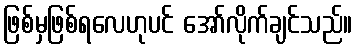
ဖြစ်မှဖြစ်ရလေဟုပင် အော်လိုက်ချင်သည်။